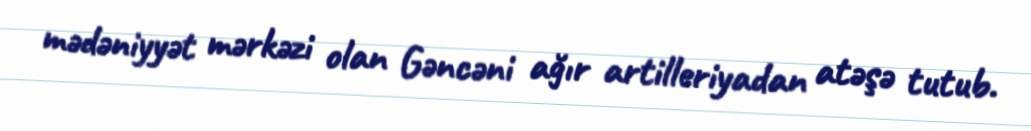
mədəniyyət mərkəzi olan Gəncəni ağır artilleriyadan atəşə tutub.